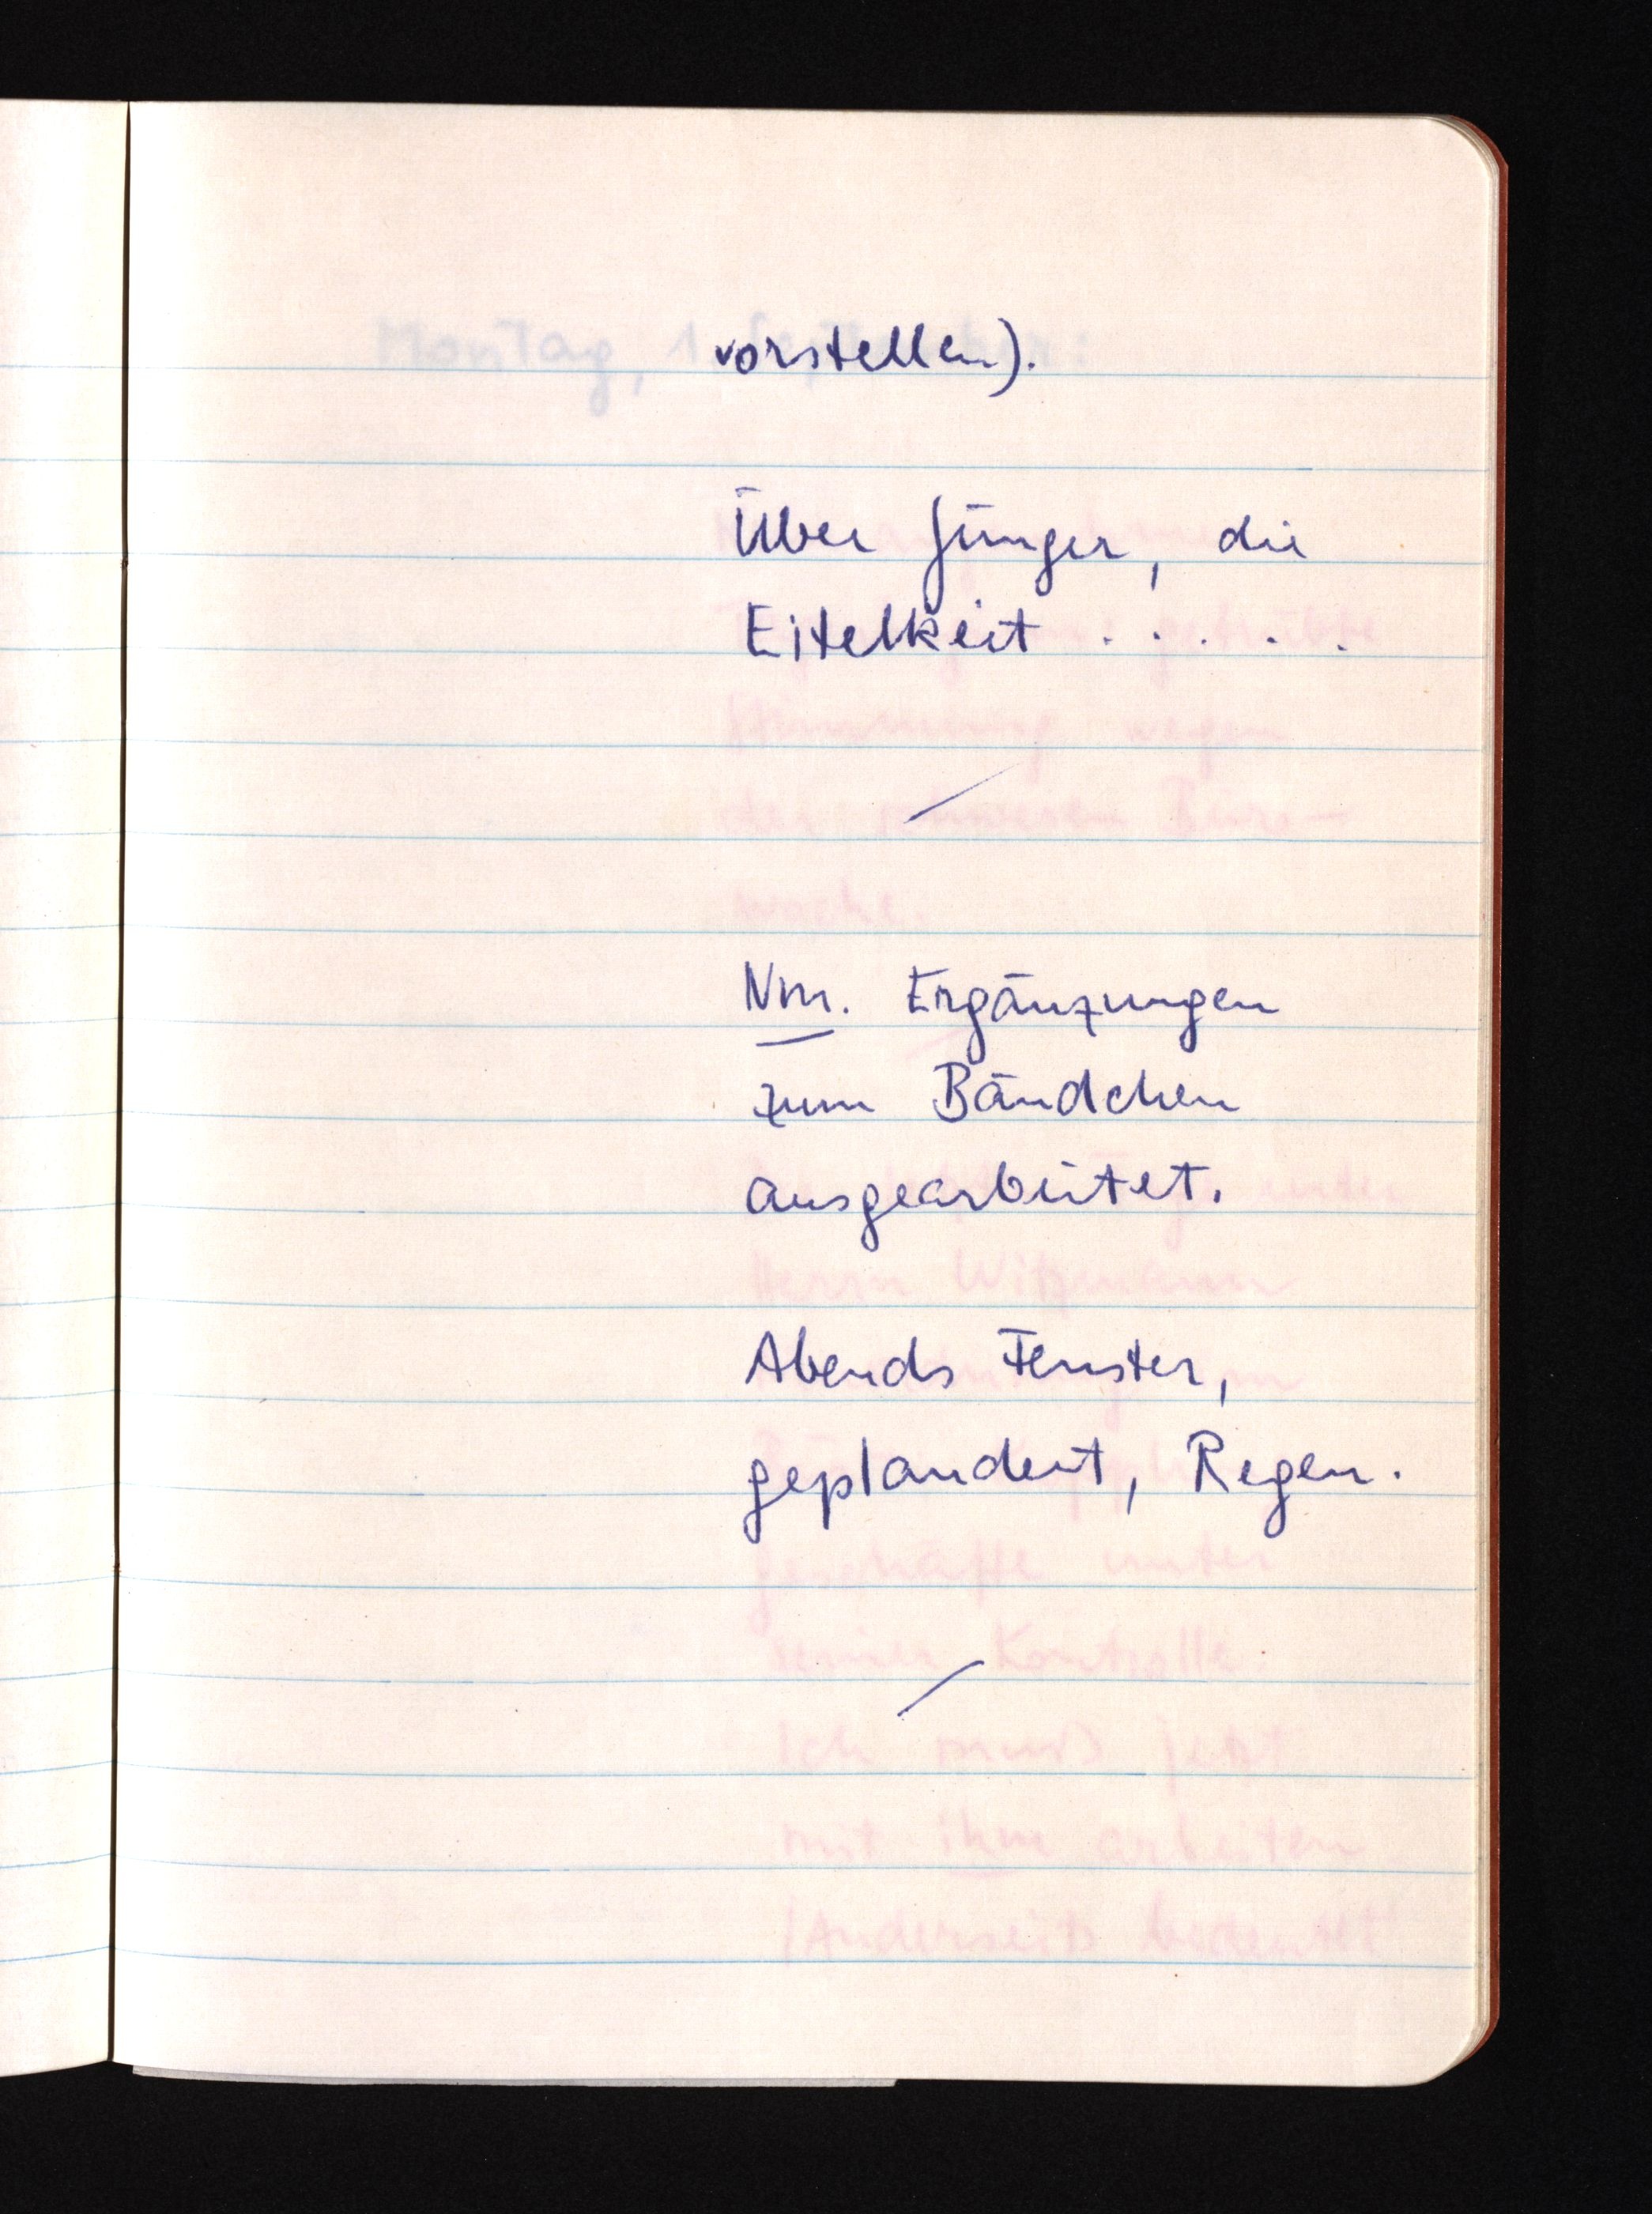
vorstellen).
Über Jünger, die
Eitelkeit .....)
Nm. Ergänzungen
zum Bändchen
ausgearbeitet.
Abends Fenster,
geplaudert, Regen.